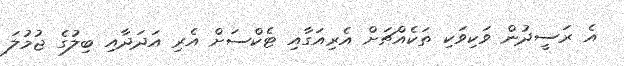
އެ ރަސީދުން ވަކިވަކި ތަކެއްޗަށް އެރިއަގާއި ޓެކްސަށް އެރި އަދަދާއި ބިލުގެ ޖުމުލަ